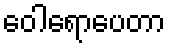
ဝေါရောပေတာ